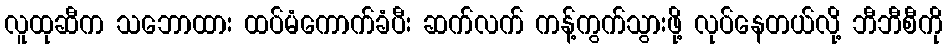
လူထုဆီက သဘောထား ထပ်မံကောက်ခံပီး ဆက်လက် ကန့်ကွက်သွားဖို့ လုပ်နေတယ်လို့ ဘီဘီစီကို